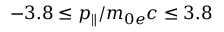
- 3 . 8 \leq p _ { \parallel } / m _ { 0 e } c \leq 3 . 8